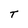
Character: T